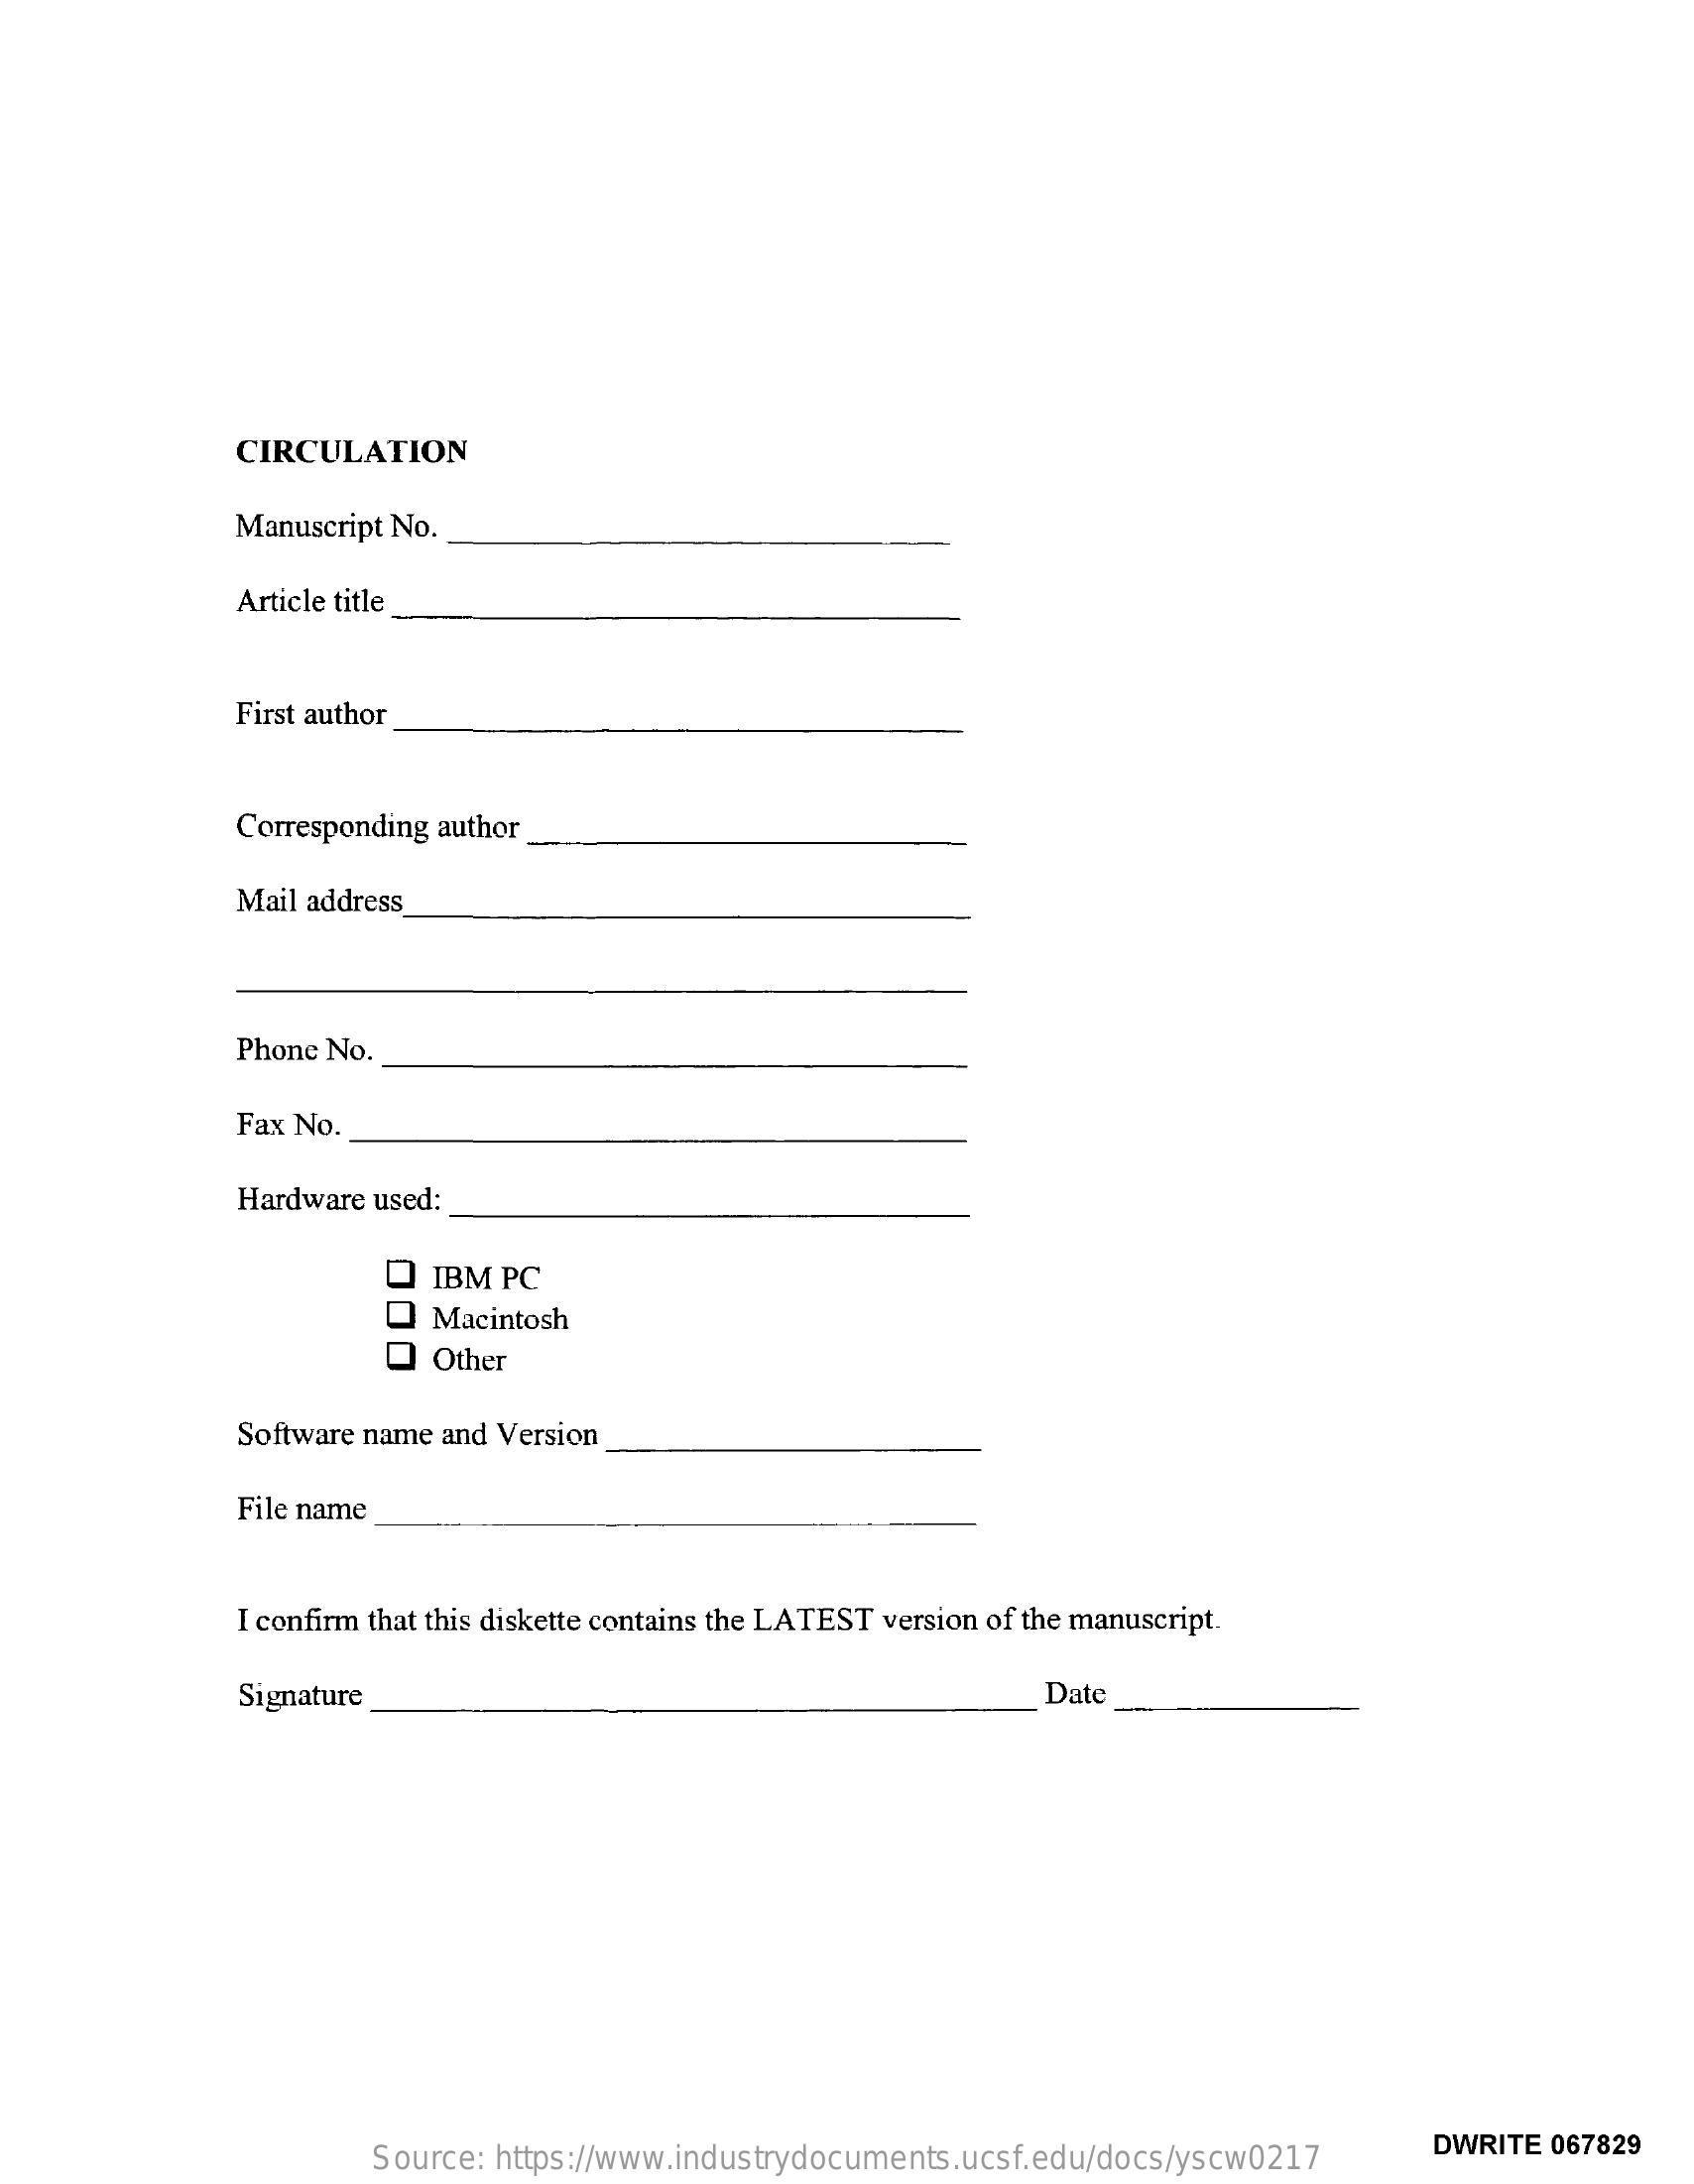
CIRCULATION
     Manuscript No.
     Article title
     First author
     Corresponding author
     Mail address
     Phone No.
     Fax No.
     Hardware used:
     IBM PC
     Macintosh
     O  Other
     Software name and Version
     File name
     I confirm that this diskette contains the LATEST version of the manuscript.
     Signature    Date
     Source: https://www.industrydocuments.ucsf.edu/docs/yscw0217
     DWRITE 067829